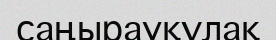
саңырауқұлақ